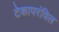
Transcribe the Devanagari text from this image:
टेकापरंविल